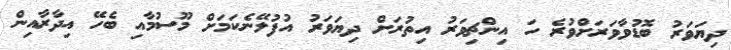
ދިޔަވަރު ބޮޑުވާވަރަށްވުރެ ހަ އިންޗިވަރު އިތުރަށް ދިޔަވަރު އުފުލޭނެކަމަށް މޫސުމާއި ބެހޭ އިދާރާއިން